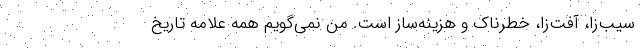
سیب‌زا، آفت‌زا، خطرناک و هزینه‌ساز است. من نمی‌گویم همه علامه تاریخ